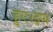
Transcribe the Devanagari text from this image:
हुए।इस